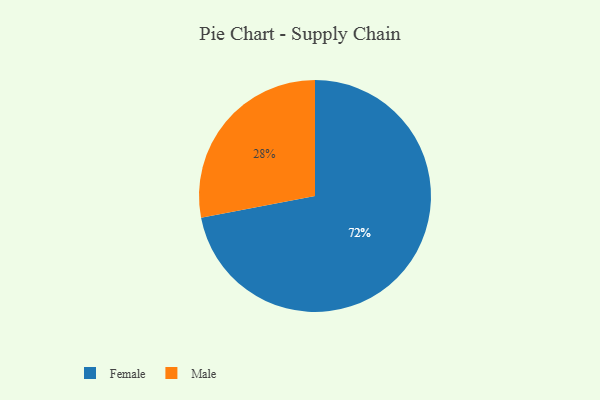
{"axis": {"x": "Category", "y": "Percentage"}, "legend": ["Female", "Male"], "data": [{"x": "Female", "y": 72, "type": "Female"}, {"x": "Male", "y": 28, "type": "Male"}]}